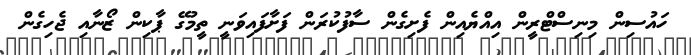
ހައުސިން މިނިސްޓްރީން އިއްޔެއިން ފެށިގެން ސާފުކުރަން ފަށާފައިވަނީ ތީމުގޭ ޕާކިން ޒޯނާއި ޖެހިގެން